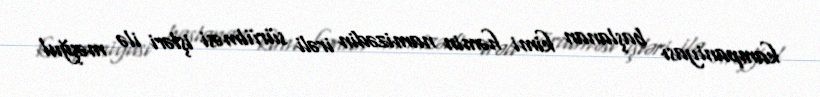
kampaniyası başlanan kimi həmin namizədin irəli sürülməsi işləri ilə məşğul